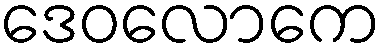
ဒေဝလောကေ